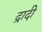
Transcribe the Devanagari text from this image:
द्रादी